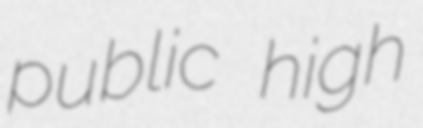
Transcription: public high